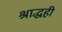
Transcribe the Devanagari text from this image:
श्राद्धही